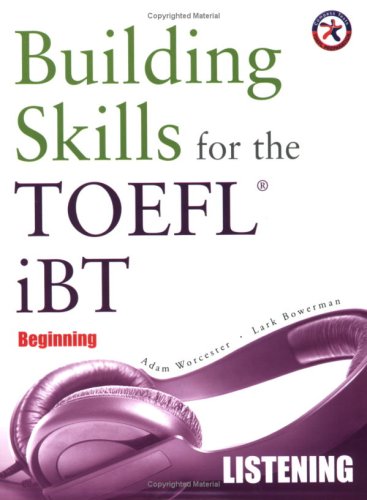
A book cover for Building Skills for the TOEFL iBT, Beginning Listening (with 4 Audio CDs); Adam Worcester; Education & Teaching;